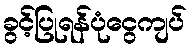
ခွင့်ပြုရန်ပုံငွေကျပ်